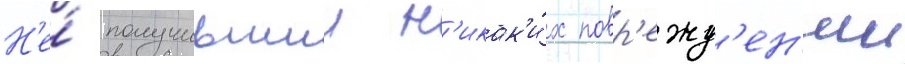
Н'е́ получившии н'икак'и́х повр'ежд'ен'ии